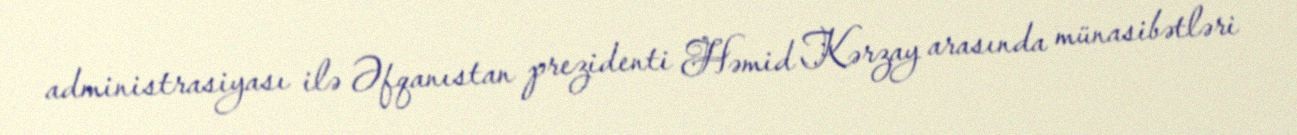
administrasiyası ilə Əfqanıstan prezidenti Həmid Kərzay arasında münasibətləri